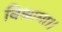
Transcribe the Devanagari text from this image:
बिश्रामा।।